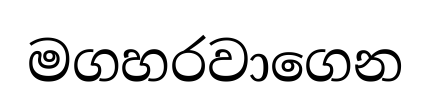
මගහරවාගෙන